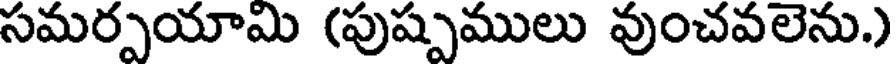
సమర్పయామి (పుష్పములు వుంచవలెను.)